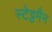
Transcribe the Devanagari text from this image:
स्टेट्टमैन